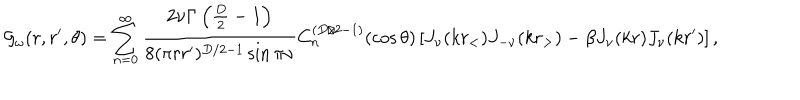
{ \cal G } _ { \omega } ( r , r ^ { \prime } , \theta ) = \sum _ { n = 0 } ^ { \infty } { \frac { 2 \nu \Gamma \left( { \frac { D } { 2 } } - 1 \right) } { 8 ( \pi r r ^ { \prime } ) ^ { D / 2 - 1 } \sin \pi \nu } } C _ { n } ^ { ( D / 2 - 1 ) } ( \cos \theta ) \left[ J _ { \nu } ( k r _ { < } ) J _ { - \nu } ( k r _ { > } ) - \beta J _ { \nu } ( k r ) J _ { \nu } ( k r ^ { \prime } ) \right] ,